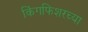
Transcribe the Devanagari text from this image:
किंगफिशरच्या